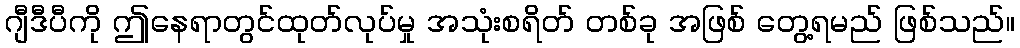
ဂျီဒီပီကို ဤနေရာတွင်ထုတ်လုပ်မှု အသုံးစရိတ် တစ်ခု အဖြစ် တွေ့ရမည် ဖြစ်သည်။